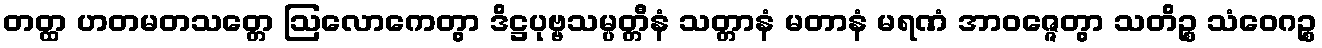
တတ္ထ ဟတမတသတ္တေ ဩလောကေတွာ ဒိဋ္ဌပုဗ္ဗသမ္ပတ္တီနံ သတ္တာနံ မတာနံ မရဏံ အာဝဇ္ဇေတွာ သတိဉ္စ သံဝေဂဉ္စ